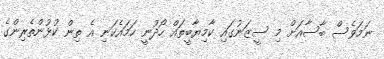
ނަމަވެސް ބާސާއަށް މި ސީޒަނުގައި ކާމިޔާބީތައް ހޯދުނީ ހަމައެކަނި އެ ތިން ކުޅުންތެރިންގެ